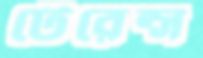
টেরেন্স